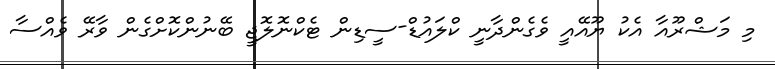
މި މަޝްރޫއާ އެކު ޔޫއޭއީ ވެގެންދާނީ ކްލައުޑް-ސީޑިން ޓެކްނޮލޮޖީ ބޭނުންކޮށްގެން ވާރޭ ވެއްސާ